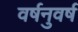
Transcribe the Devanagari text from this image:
वर्षनुवर्ष